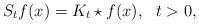
LaTeX: \begin{align*}S_t f(x) = K_t \star f(x) , \ \ t>0,\end{align*}